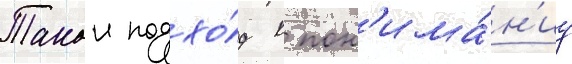
Такои подхо́д к пон'има́н'иу